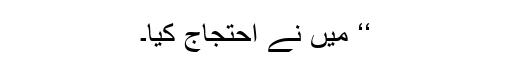
‘‘ میں نے احتجاج کیا۔